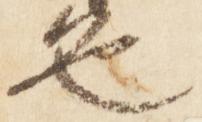
色